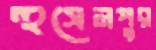
হুসেনপুর